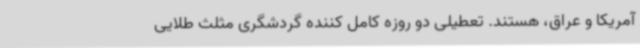
آمریکا و عراق، هستند. تعطیلی دو روزه کامل کننده گردشگری مثلث طلایی